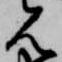
見